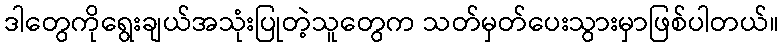
ဒါတွေကိုရွေးချယ်အသုံးပြုတဲ့သူတွေက သတ်မှတ်ပေးသွားမှာဖြစ်ပါတယ်။